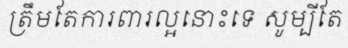
ត្រឹមតែការពារល្អនោះទេ សូម្បីតែ